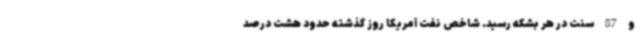
و 87 سنت در هر بشکه رسید. شاخص نفت آمریکا روز گذشته حدود هشت درصد